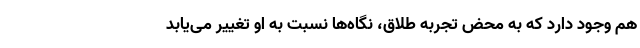
هم وجود دارد که به محض تجربه‌ طلاق، نگاه‌ها نسبت به او تغییر می‌یابد